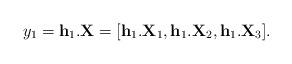
LaTeX: \begin{align*}y_1=\mathbf{h}_1 . \mathbf{X}=[\mathbf{h}_1 .\mathbf{X}_1,\mathbf{h}_1 .\mathbf{X}_2, \mathbf{h}_1 .\mathbf{X}_3].\end{align*}